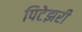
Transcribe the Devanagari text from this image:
पिटेझरी